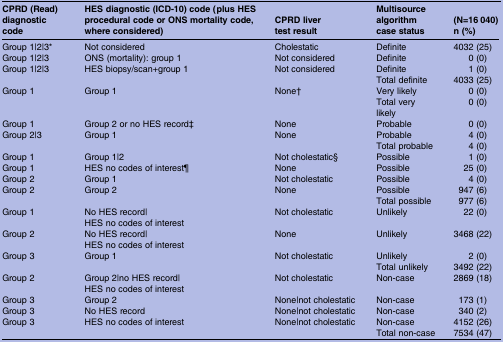
<table><thead><tr><td><b>CPRD (Read) diagnostic code</b></td><td><b>HES diagnostic (ICD-10) code (plus HES procedural code or ONS mortality code, where considered)</b></td><td><b>CPRD liver test result</b></td><td><b>Multisource algorithm case status</b></td><td><b>(N=16 040) n (%)</b></td></tr></thead><tbody><tr><td>Group 1|2|3*</td><td>Not considered</td><td>Cholestatic</td><td>Definite</td><td>4032 (25)</td></tr><tr><td>Group 1|2|3</td><td>ONS (mortality): group 1</td><td>Not considered</td><td>Definite</td><td>0 (0)</td></tr><tr><td>Group 1|2|3</td><td>HES biopsy/scan+group 1</td><td>Not considered</td><td>Definite</td><td>1 (0)</td></tr><tr><td></td><td></td><td></td><td>Total definite</td><td>4033 (25)</td></tr><tr><td>Group 1</td><td>Group 1</td><td>None†</td><td>Very likely</td><td>0 (0)</td></tr><tr><td></td><td></td><td></td><td>Total very likely</td><td>0 (0)</td></tr><tr><td>Group 1</td><td>Group 2 or no HES record‡</td><td>None</td><td>Probable</td><td>0 (0)</td></tr><tr><td>Group 2|3</td><td>Group 1</td><td>None</td><td>Probable</td><td>4 (0)</td></tr><tr><td></td><td></td><td></td><td>Total probable</td><td>4 (0)</td></tr><tr><td>Group 1</td><td>Group 1|2</td><td>Not cholestatic§</td><td>Possible</td><td>1 (0)</td></tr><tr><td>Group 1</td><td>HES no codes of interest¶</td><td>None</td><td>Possible</td><td>25 (0)</td></tr><tr><td>Group 2</td><td>Group 1</td><td>Not cholestatic</td><td>Possible</td><td>4 (0)</td></tr><tr><td>Group 2</td><td>Group 2</td><td>None</td><td>Possible</td><td>947 (6)</td></tr><tr><td></td><td></td><td></td><td>Total possible</td><td>977 (6)</td></tr><tr><td>Group 1</td><td>No HES record|HES no codes of interest</td><td>Not cholestatic</td><td>Unlikely</td><td>22 (0)</td></tr><tr><td>Group 2</td><td>No HES record|HES no codes of interest</td><td>None</td><td>Unlikely</td><td>3468 (22)</td></tr><tr><td>Group 3</td><td>Group 1</td><td>Not cholestatic</td><td>Unlikely</td><td>2 (0)</td></tr><tr><td></td><td></td><td></td><td>Total unlikely</td><td>3492 (22)</td></tr><tr><td>Group 2</td><td>Group 2|no HES record|HES no codes of interest</td><td>Not cholestatic</td><td>Non-case</td><td>2869 (18)</td></tr><tr><td>Group 3</td><td>Group 2</td><td>None|not cholestatic</td><td>Non-case</td><td>173 (1)</td></tr><tr><td>Group 3</td><td>No HES record</td><td>None|not cholestatic</td><td>Non-case</td><td>340 (2)</td></tr><tr><td>Group 3</td><td>HES no codes of interest</td><td>None|not cholestatic</td><td>Non-case</td><td>4152 (26)</td></tr><tr><td></td><td></td><td></td><td>Total non-case</td><td>7534 (47)</td></tr></tbody></table>